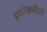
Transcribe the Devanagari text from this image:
हकीकतीशी